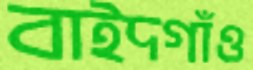
বাইদগাঁও